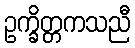
ဥက္ခိတ္တကသညီ